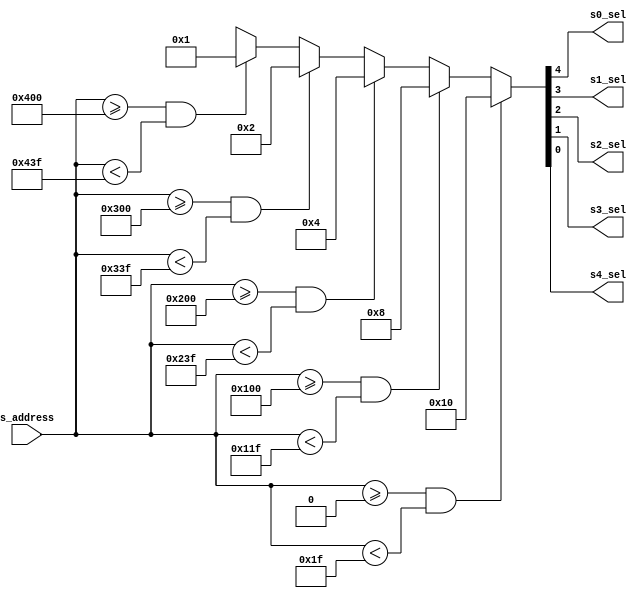
module bus_addr(s_address,s0_sel, s1_sel, s2_sel, s3_sel, s4_sel); // address decoder module
	input [15:0] s_address;
	output reg s0_sel, s1_sel, s2_sel, s3_sel, s4_sel;

always@(s_address)
	begin
	/* DMAC */
	if((s_address >= 15'h000)&&(s_address < 15'h01F))
		{s0_sel, s1_sel, s2_sel, s3_sel, s4_sel} <= 5'b10000;	 // s0_sel  = 1
	/* ALU */		//
	else if((s_address >= 15'h100)&&(s_address < 15'h11F)) 
		{s0_sel, s1_sel, s2_sel, s3_sel, s4_sel} <= 5'b01000;	 // s1_sel = 1		
	/* RAM(operand) */
	else if((s_address >= 15'h200)&&(s_address < 15'h23F)) 
		{s0_sel, s1_sel, s2_sel, s3_sel, s4_sel} <= 5'b00100;	 // s2_sel = 1		
	/* RAM(Instruction) */
	else if((s_address >= 15'h300)&&(s_address < 15'h33F)) 
		{s0_sel, s1_sel, s2_sel, s3_sel, s4_sel} <= 5'b00010;	 // s3_sel = 1							
	/* RAM(Result) */
	else if((s_address >= 15'h400)&&(s_address < 15'h43F)) 
		{s0_sel, s1_sel, s2_sel, s3_sel, s4_sel} <= 5'b00001;	 // s4_sel = 1							
	/* Default */
	else
		{s0_sel, s1_sel, s2_sel, s3_sel, s4_sel} <= 5'bx;	
		
		
	end
endmodule